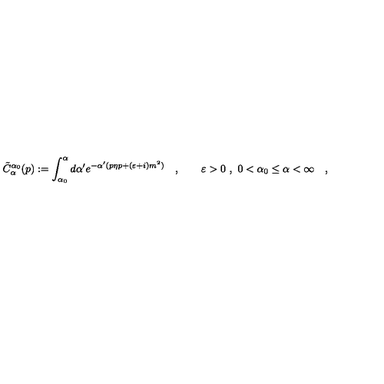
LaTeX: \tilde { C } _ { \alpha } ^ { \alpha _ { 0 } } ( p ) : = \int _ { \alpha _ { 0 } } ^ { \alpha } d \alpha ^ { \prime } e ^ { - \alpha ^ { \prime } ( p \eta p + ( \varepsilon + i ) m ^ { 2 } ) } \quad , \qquad \varepsilon > 0 \ , \ 0 < \alpha _ { 0 } \leq \alpha < \infty \quad ,